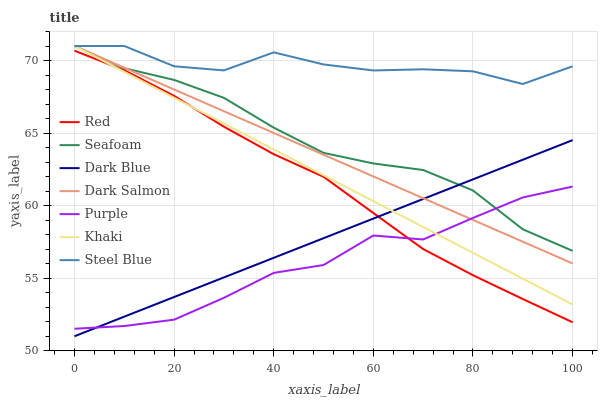
| xaxis_label | Red | Seafoam | Dark Blue | Dark Salmon | Purple | Khaki | Steel Blue |
 | --- | --- | --- | --- | --- | --- | --- | --- |
 | 0 | 70.7 | 71 | 51 | 71 | 51.5 | 71 | 71 |
 | 10 | 69.3 | 69.5 | 52.4 | 69.5 | 51.7 | 69.2 | 71 |
 | 20 | 67.6 | 68.7 | 53.7 | 68 | 52.1 | 67.4 | 69.6 |
 | 30 | 65.4 | 67.4 | 55.1 | 66.5 | 53.6 | 65.7 | 69.3 |
 | 40 | 63.5 | 65.4 | 56.4 | 65 | 55.4 | 63.9 | 70.6 |
 | 50 | 62 | 63.6 | 57.8 | 63.5 | 55.9 | 62.1 | 69.7 |
 | 60 | 59.5 | 62.9 | 59.1 | 62 | 57.9 | 60.3 | 69.3 |
 | 70 | 57 | 62.5 | 60.5 | 60.5 | 57.7 | 58.5 | 69.4 |
 | 80 | 55.2 | 61 | 61.8 | 59 | 59.2 | 56.7 | 69.3 |
 | 90 | 53.6 | 58.4 | 63.2 | 57.5 | 60.6 | 55 | 68.4 |
 | 100 | 52 | 56.9 | 64.5 | 56 | 61.3 | 53.2 | 69.6 |